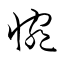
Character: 惋